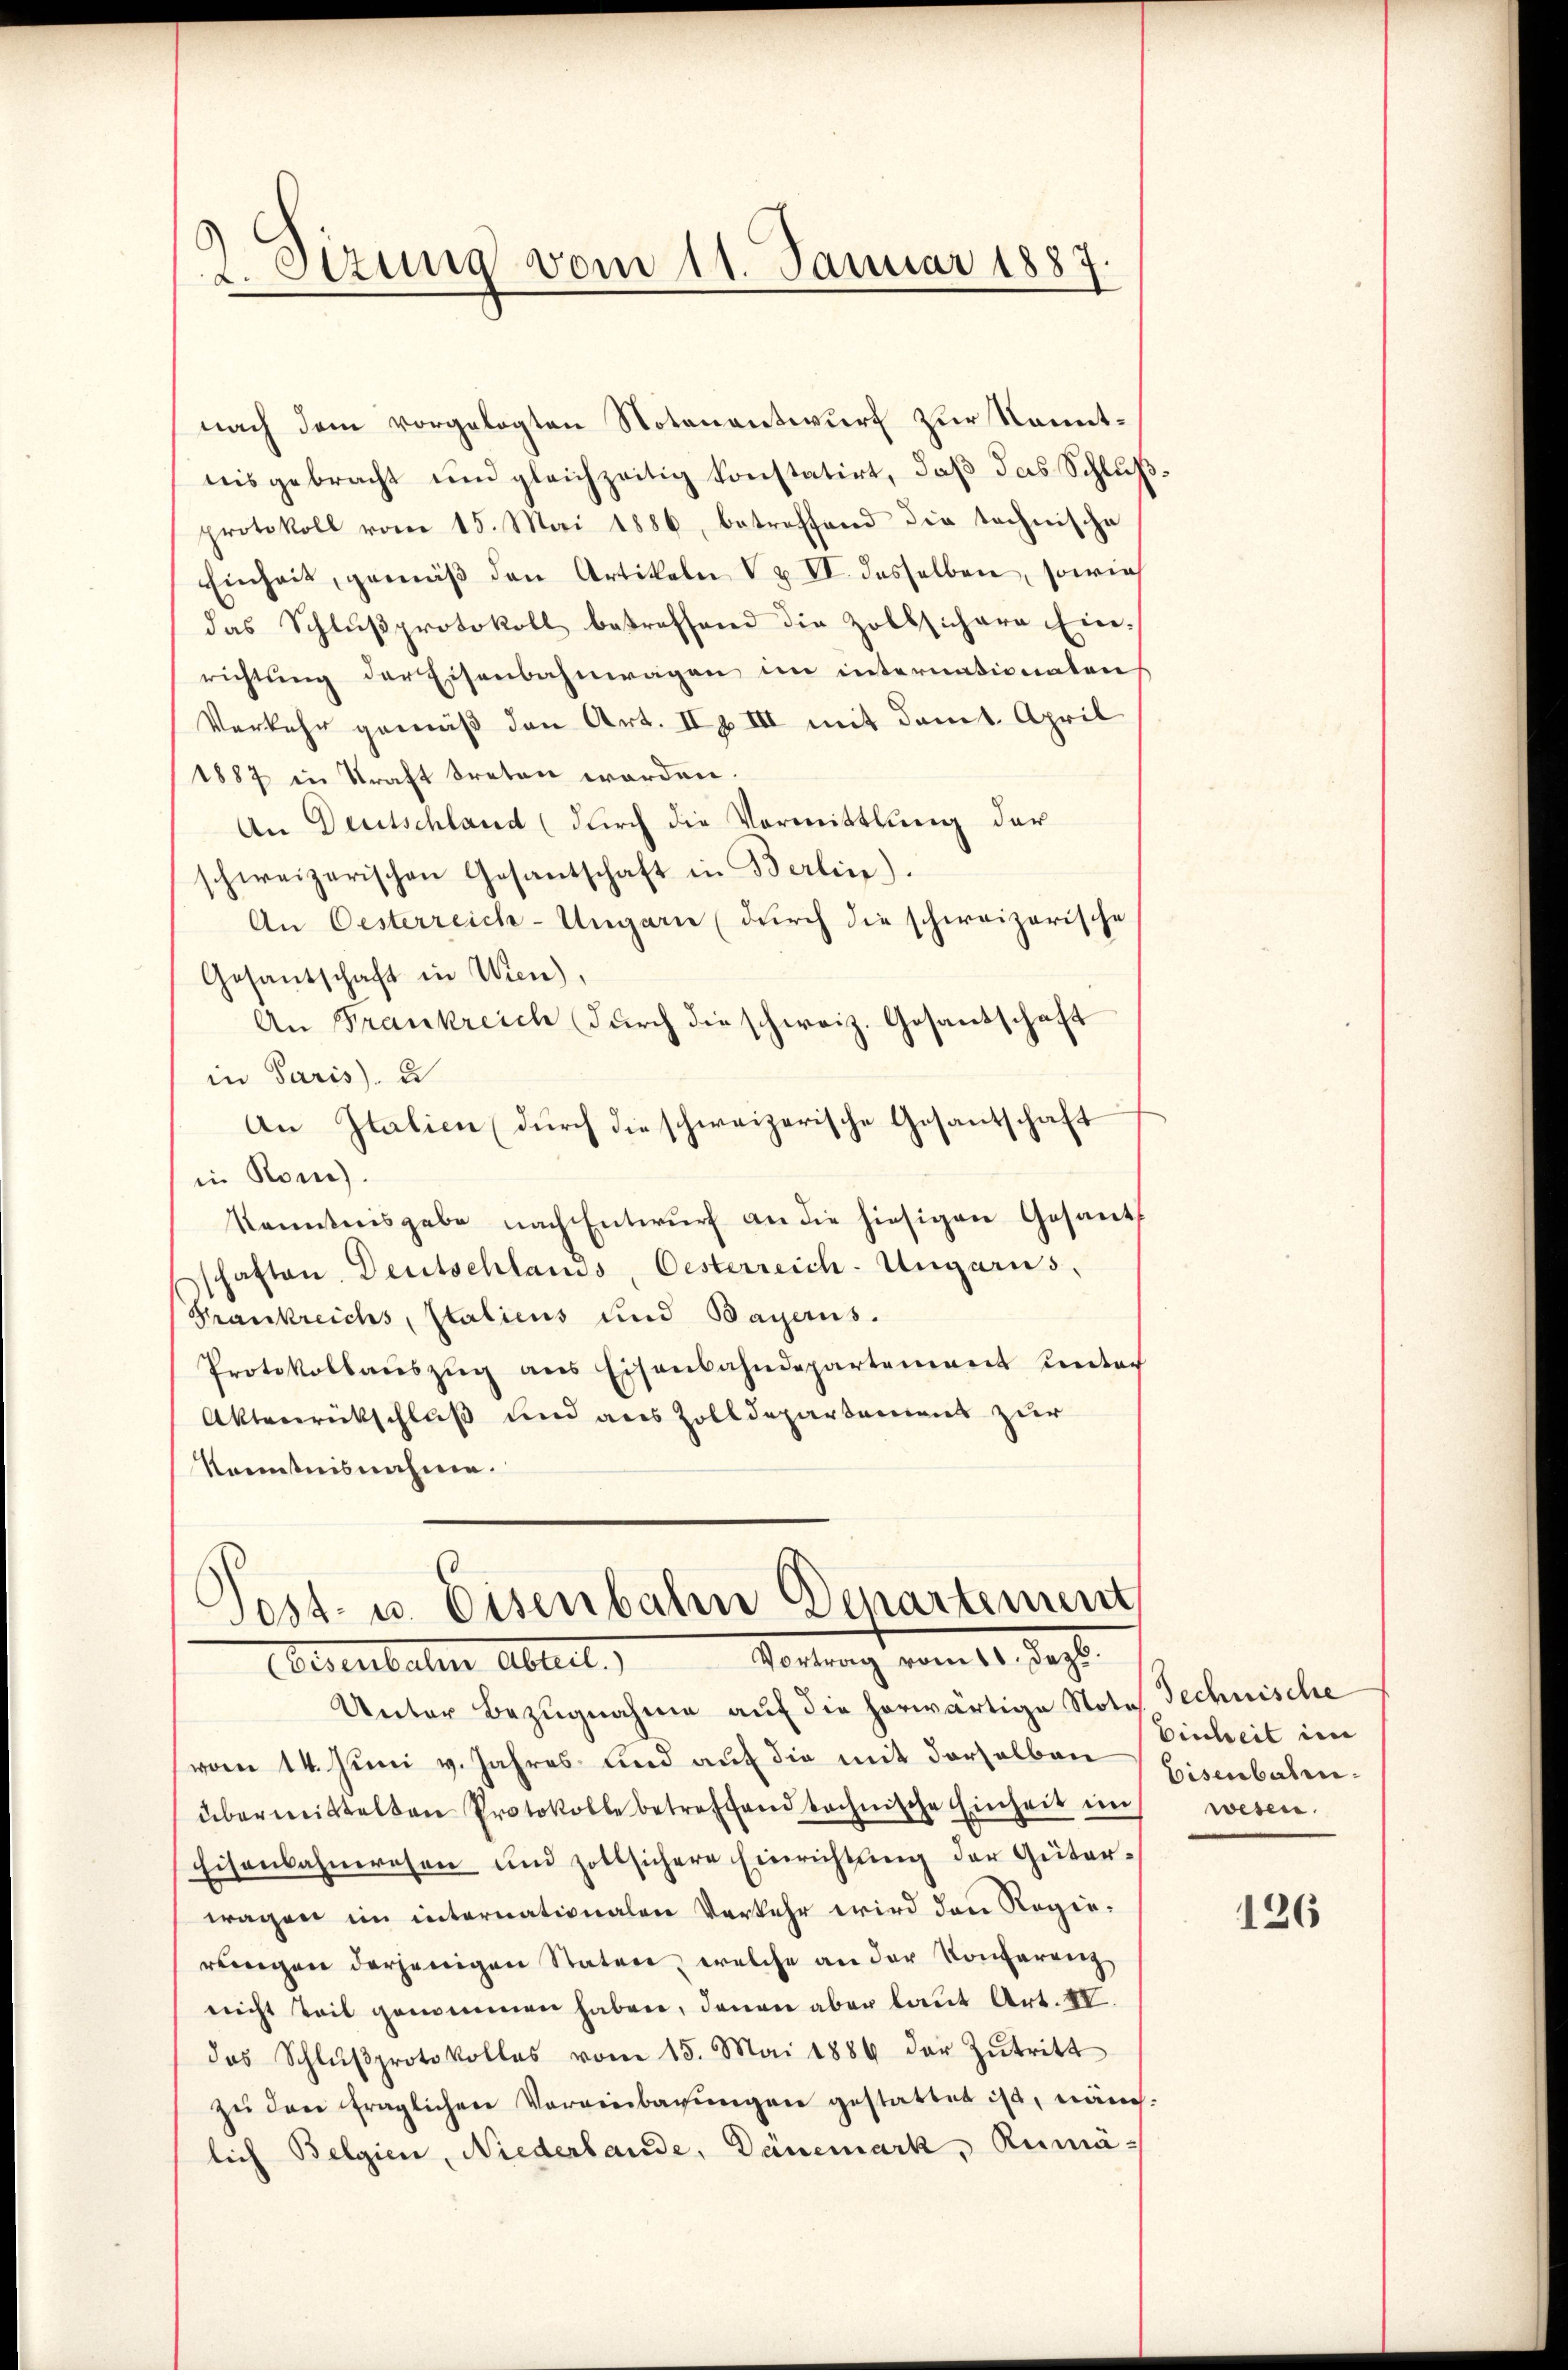
2. Otzung vom 11. Januar 1887.

nach dem vorgelegten Notenantwurf zur Kenntnisgebracht und gleichzeitig konstatirt, daß das Schluß
protokoll vom 15. Mai 1886, betreffend die technische
Einheit, gemäβ den Artikeln V u VI. dasselben, sowie
das Schlŭβprotokoll betreffend die Zollschara Ein-
richtung der Eisenbahnwagen im internationatens
Verkehr gemäß den Art. II, III mit dem 1. April
1887 in Kraft treten worden.
An Deutschland (durch die Vormittlung der
schweizerischen Gesantschaft in Berlin).
An Oesterreich-Ungarn (durch die schweizerische
Gesandschaft in Wien),
An Frankreich durch die schweiz. Gesandschaft
in Paris, u
An Italien (durch die schweizerische Gesantschaft
in Rom.
kanntnisgabe nach Entwŭrf an die hiesigen Gesant
schaften Deutschlands, Oesterreich-Ungarus,
Frankreichs, Italiens und Bayerns.
Protokollaŭszŭg ans Eisenbahndepartement unter
Aktenrückschluß und aus Zolldepartement zur
Kenntnisnahme.

Post- u. Eisenbahre Departement
Vortrag vom 11. Dez.
begebeten Abteil

Unter Bezugnahme auf die herwärtige Note Technische
vom 14. Juni v. Jahres und auf die mit derselben
übermittelten Protokolle betreffend technische Einheit uns wesen.
Eisenbahnwesen und zollsichere Einrichtung der Güterwagen im internationalen Verkehr wird den Regiereingen derjenigen Staten, welche an der Konferenz,
nicht teil genommen haben, denen aber laut Art. IV.
das Schlŭβprotokolles vom 15. Mai 1889 der Zutritt
zu den fraglichen Vereinbarungen gestattet ist, näm
lich Belgien, Niederlande, Dänemark, Rumä¬

Einheit im
Eisenbahn¬

126